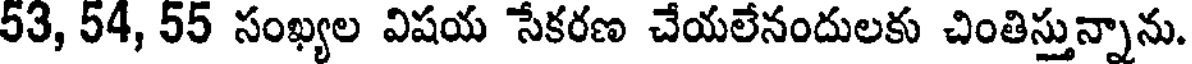
53, 54, 55 సంఖ్యల విషయ సేకరణ చేయలేనందులకు చింతిస్తున్నాను.